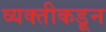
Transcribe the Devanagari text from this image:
व्यक्‍तीकडून